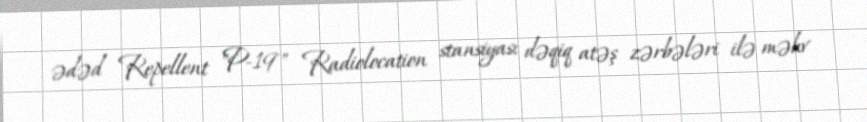
ədəd Repellent "P-19" Radiolocation stansiyası dəqiq atəş zərbələri ilə məhv